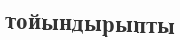
тойындырыпты